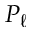
P _ { \ell }